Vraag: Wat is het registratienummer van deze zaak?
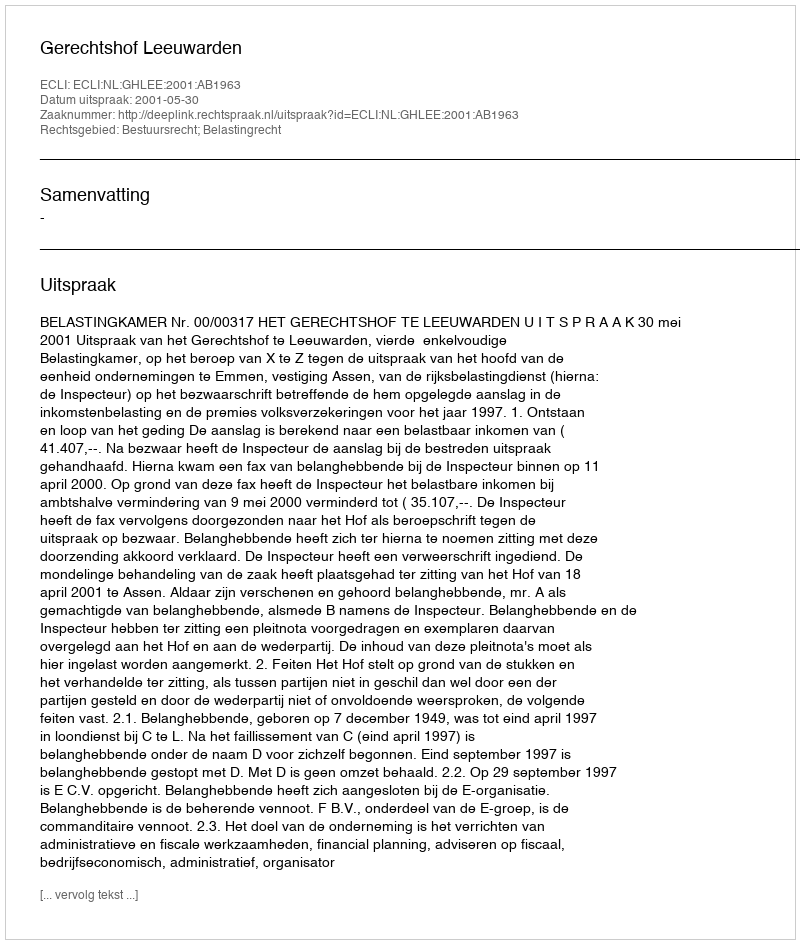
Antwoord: http://deeplink.rechtspraak.nl/uitspraak?id=ECLI:NL:GHLEE:2001:AB1963